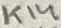
Text: K14